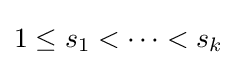
1\leq s_{1}<\cdots <s_{k}